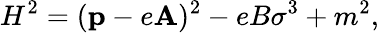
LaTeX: H^{2}=({\mathbf p}-e{\mathbf A})^{2}-eB\sigma^{3}+m^{2},